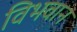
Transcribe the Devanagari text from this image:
विभवान